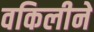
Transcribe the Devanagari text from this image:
वकिलीने